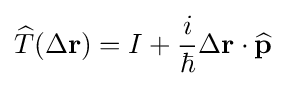
{\widehat {T}}(\Delta \mathbf {r} )=I+{\frac {i}{\hbar }}\Delta \mathbf {r} \cdot {\widehat {\mathbf {p} }}